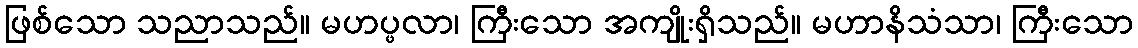
ဖြစ်သော သညာသည်။ မဟပ္ဖလာ၊ ကြီးသော အကျိုးရှိသည်။ မဟာနိသံသာ၊ ကြီးသော